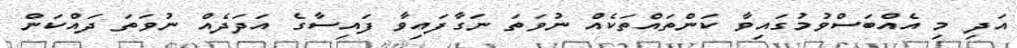
އަދި މި އެއްބަސްވުމުގައިވާ ކަންތައްތަކެއް ނުވަތަ ނަގާފައިވާ ފައިސާގެ އަދަދެއް ނުވަތަ ދައްކަން